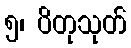
၅၊ ပိတုသုတ်